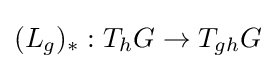
(L_{g})_{*}:T_{h}G\to T_{gh}G